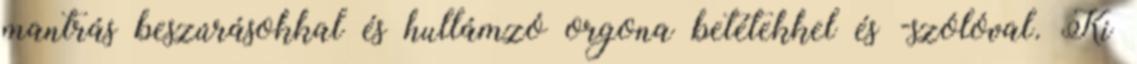
mantrás beszúrásokkal és hullámzó orgona betétekkel és -szólóval. Ki